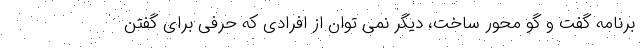
برنامه گفت و گو محور ساخت، دیگر نمی توان از افرادی که حرفی برای گفتن